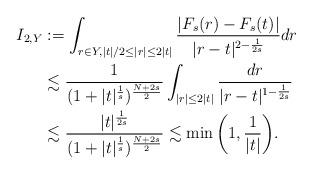
LaTeX: \begin{align*}I_{2,Y} & :=\int_{r\in Y,|t|/2\leq|r|\leq 2|t|} \frac{|F_s(r) - F_s(t)|}{|r-t|^{2-\frac1{2s}}}dr\\&\lesssim \frac1{(1+|t|^{\frac1s})^{\frac{N+2s}2}}\int_{|r|\leq 2|t|} \frac{dr}{|r-t|^{1-\frac1{2s}}}\\&\lesssim\frac{|t|^{\frac1{2s}}}{(1+|t|^{\frac1s})^{\frac{N+2s}2}}\lesssim \min\bigg(1,\frac1{|t|}\bigg).\end{align*}